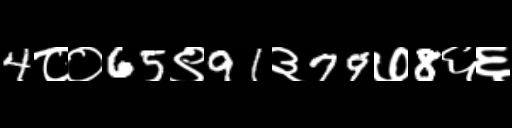
Text: 4८०65९91३79७8६६